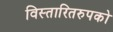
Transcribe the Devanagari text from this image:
विस्तारितरुपको